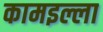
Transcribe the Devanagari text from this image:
कामइल्ला